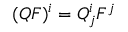
( Q F ) ^ { i } = Q _ { j } ^ { i } F ^ { j }